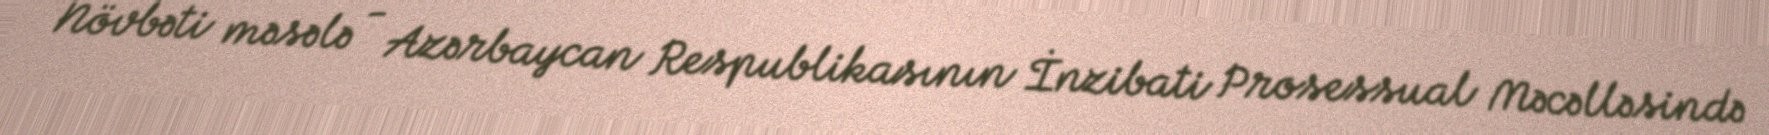
Növbəti məsələ - Azərbaycan Respublikasının İnzibati Prosessual Məcəlləsində